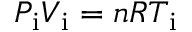
P _ { \mathrm { i } } V _ { \mathrm { i } } = n R T _ { \mathrm { i } }